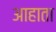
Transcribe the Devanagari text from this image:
आहाता